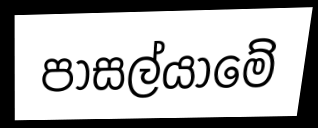
පාසල්යාමේ